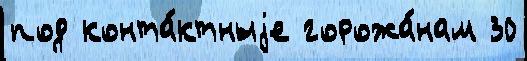
под конта́ктныjе горожа́нам 30